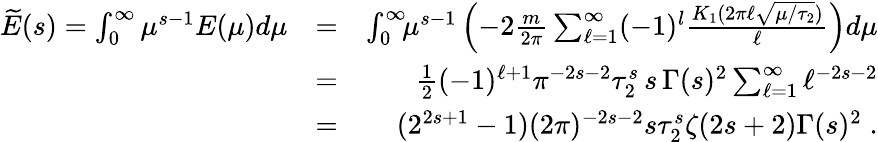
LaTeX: \begin{array}{rlr}{\widetilde{E}(s)=\int_{0}^{\infty}\mu^{s-1}E(\mu)d\mu}&{=}&{\int_{0}^{\infty}\! \! \mu^{s-1}\left(-2{\frac{m}{2\pi}}\sum_{\ell=1}^{\infty}(-1)^{l}{\frac{K_{1}(2\pi\ell\sqrt{\mu/\tau_{2}})}{\ell}}\right)d\mu}\\ &{=}&{{\frac{1}{2}}(-1)^{\ell+1}\pi^{-2s-2}\tau_{2}^{s}\, s\, \Gamma(s)^{2}\sum_{\ell=1}^{\infty}\ell^{-2s-2}}\\ &{=}&{(2^{2s+1}-1)(2\pi)^{-2s-2}s\tau_{2}^{s}\zeta(2s+2)\Gamma(s)^{2}\; .}\end{array}